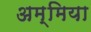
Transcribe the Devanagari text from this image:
अम्मिया